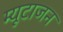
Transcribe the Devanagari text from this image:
म्यूटाजन